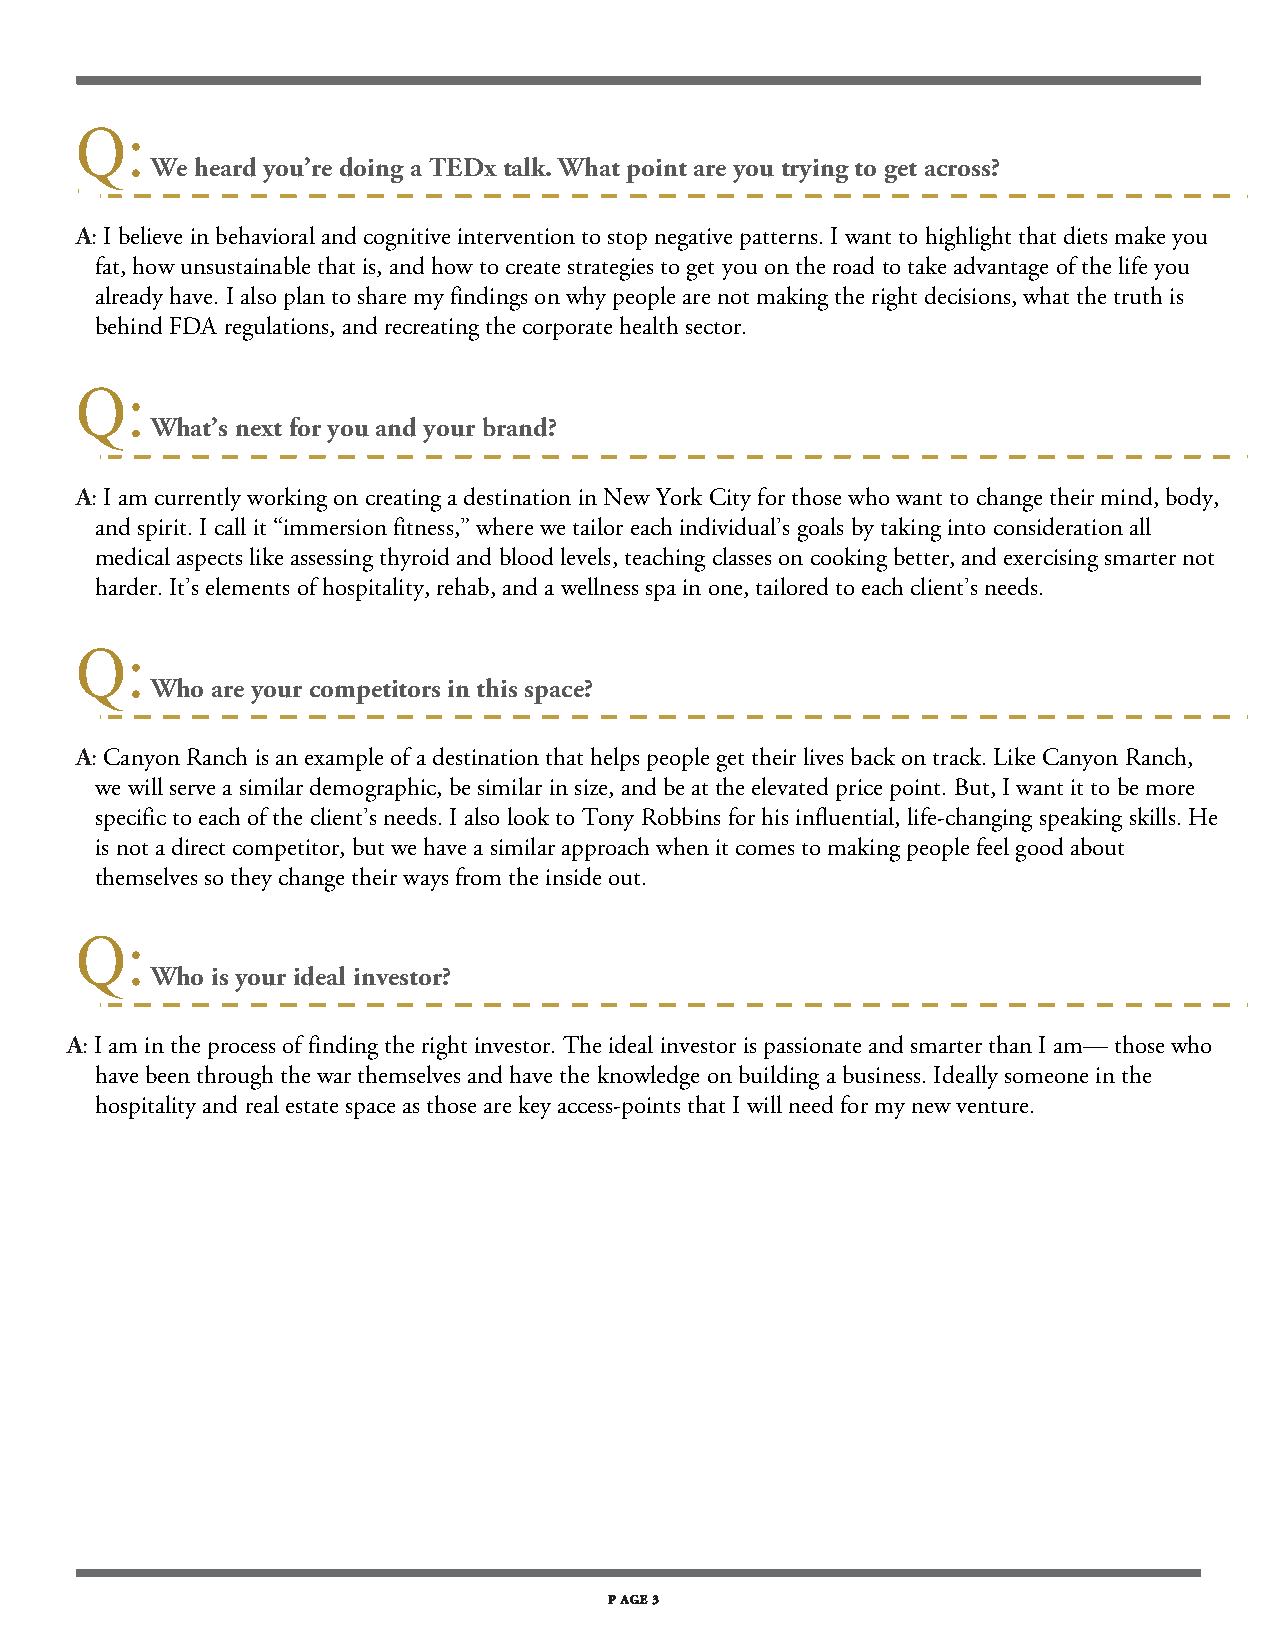
Q:
 We heard you’re doing a TEDx talk. What point are you trying to get across?
 A: I believe in behavioral and cognitive intervention to stop negative patterns. I want to highlight that diets make you
 fat, how unsustainable that is, and how to create strategies to get you on the road to take advantage of the life you
 already have. I also plan to share my findings on why people are not making the right decisions, what the truth is
 behind FDA regulations, and recreating the corporate health sector.
 Q:
 What’s next for you and your brand?
 A: I am currently working on creating a destination in New York City for those who want to change their mind, body,
 and spirit. I call it “immersion fitness,” where we tailor each individual’s goals by taking into consideration all
 medical aspects like assessing thyroid and blood levels, teaching classes on cooking better, and exercising smarter not
 harder. It’s elements of hospitality, rehab, and a wellness spa in one, tailored to each client’s needs.
 Q:
 Who are your competitors in this space?
 A: Canyon Ranch is an example of a destination that helps people get their lives back on track. Like Canyon Ranch,
 we will serve a similar demographic, be similar in size, and be at the elevated price point. But, I want it to be more
 specific to each of the client’s needs. I also look to Tony Robbins for his influential, life-changing speaking skills. He
 is not a direct competitor, but we have a similar approach when it comes to making people feel good about
 themselves so they change their ways from the inside out.
 Q:
 Who is your ideal investor?
 A: I am in the process of finding the right investor. The ideal investor is passionate and smarter than I am— those who
 have been through the war themselves and have the knowledge on building a business. Ideally someone in the
 hospitality and real estate space as those are key access-points that I will need for my new venture.
 P AGE 3